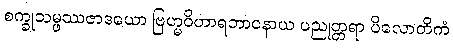
စက္ခုသမ္ဖဿဇာဒယော ဗြဟ္မဝိဟာရဘာဝနာယ ပညုတ္တရာ ပိလောတိကံ